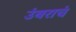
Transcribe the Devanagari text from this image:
उंबराचं